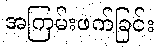
အကြမ်းဖက်ခြင်း